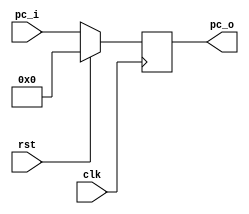
module pc (
        input clk,rst,
        input [31:0]   pc_i,
        output reg [31:0]   pc_o
);



always @(posedge clk ) begin
    if (rst) begin
        pc_o <= 32'b0;
    end else begin
        pc_o <=  pc_i;
    end
end
    
endmodule